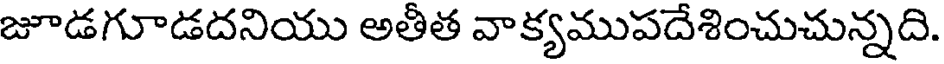
జూడగూడదనియు అతీత వాక్యముపదేశించుచున్నది.